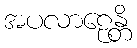
အပလာဠေန္တိ